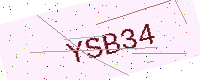
Text: YSB34